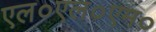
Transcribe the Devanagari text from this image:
एल०एल०एम०